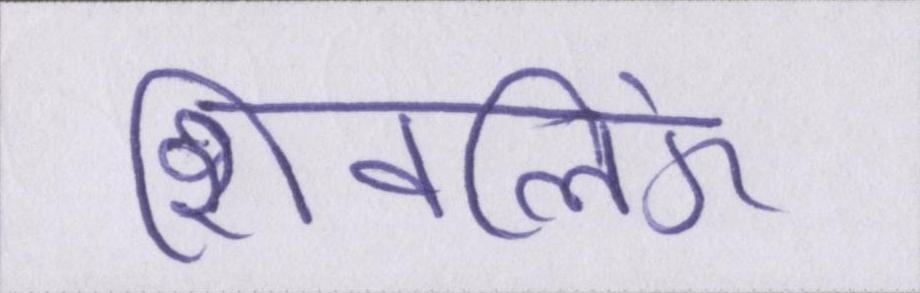
शिवलिंग